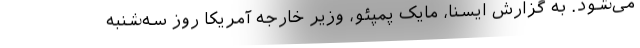
می‌شود. به گزارش ایسنا، مایک پمپئو، وزیر خارجه آمریکا روز سه‌شنبه